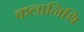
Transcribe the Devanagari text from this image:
कलानिथि